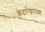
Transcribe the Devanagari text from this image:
केदारेश्वराच्या